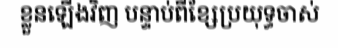
ខ្លួនឡើងវិញ បន្ទាប់ពីខ្សែប្រយុទ្ធចាស់